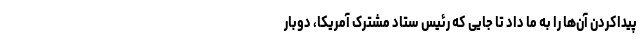
پیداکردن آن‌ها را به ما داد تا جایی‌ که رئیس ستاد مشترک آمریکا، دوبار